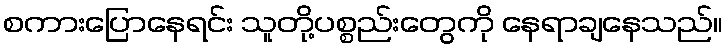
စကားပြောနေရင်း သူတို့ပစ္စည်းတွေကို နေရာချနေသည်။